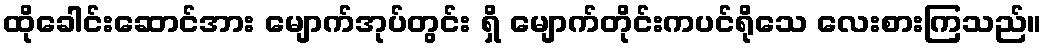
ထိုခေါင်းဆောင်အား မျောက်အုပ်တွင်း ရှိ မျောက်တိုင်းကပင်ရိုသေ လေးစားကြသည်။